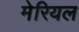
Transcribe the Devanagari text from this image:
मेरियल